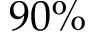
9 0 \%